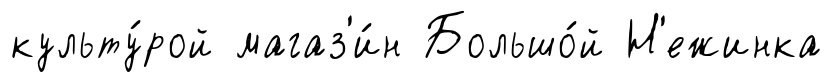
культу́рой магаз'и́н Большо́й Н'ежинка